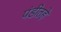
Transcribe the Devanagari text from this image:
पंडीतहे